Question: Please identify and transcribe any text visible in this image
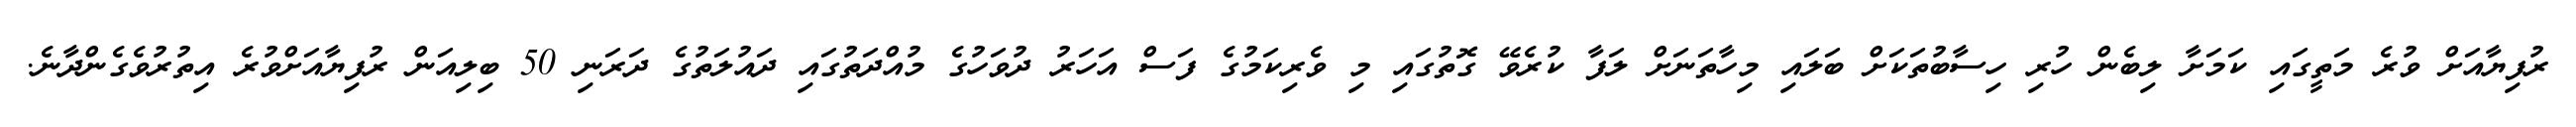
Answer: ރުފިޔާއަށް ވުރެ މަތީގައި ކަމަށާ ލިބެން ހުރި ހިސާބުތަކަށް ބަލައި މިހާތަނަށް ލަފާ ކުރެވޭ ގޮތުގައި މި ވެރިކަމުގެ ފަސް އަހަރު ދުވަހުގެ މުއްދަތުގައި ދައުލަތުގެ ދަރަނި 50 ބިލިއަން ރުފިޔާއަށްވުރެ އިތުރުވެގެންދާނެ.